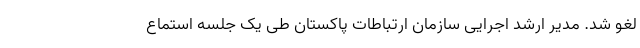
لغو شد. مدیر ارشد اجرایی سازمان ارتباطات پاکستان طی یک جلسه استماع